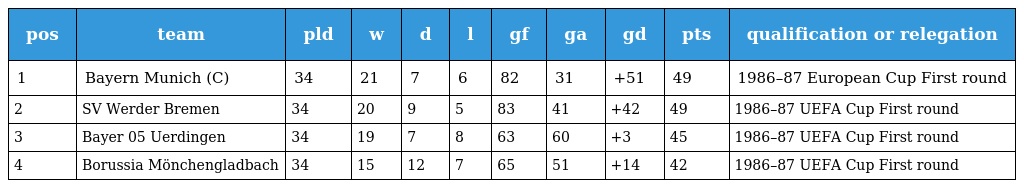
| pos | team | pld | w | d | l | gf | ga | gd | pts | qualification or relegation |
 | --- | --- | --- | --- | --- | --- | --- | --- | --- | --- | --- |
 | 1 | Bayern Munich (C) | 34 | 21 | 7 | 6 | 82 | 31 | +51 | 49 | 1986–87 European Cup First round |
 | 2 | SV Werder Bremen | 34 | 20 | 9 | 5 | 83 | 41 | +42 | 49 | 1986–87 UEFA Cup First round |
 | 3 | Bayer 05 Uerdingen | 34 | 19 | 7 | 8 | 63 | 60 | +3 | 45 | 1986–87 UEFA Cup First round |
 | 4 | Borussia Mönchengladbach | 34 | 15 | 12 | 7 | 65 | 51 | +14 | 42 | 1986–87 UEFA Cup First round |